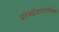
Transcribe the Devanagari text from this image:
इलेक्ट्रोडायनेमिक्स